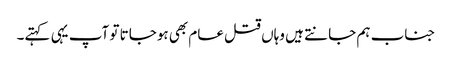
جناب ہم جانتے ہیں وہاں قتل عام بھی ہوجاتا تو آپ یہی کہتے۔